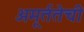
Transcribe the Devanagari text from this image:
अमूर्ततेची